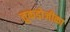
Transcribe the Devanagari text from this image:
तुकडोजीका